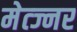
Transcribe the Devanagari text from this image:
मेत्ज्नर